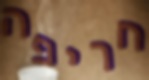
חריפה